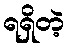
ရရှိတဲ့